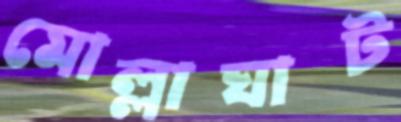
মোল্লাঘাট